Annual administration report of the Civil Veterinary Department of India - 1899-1900
Year: 1899
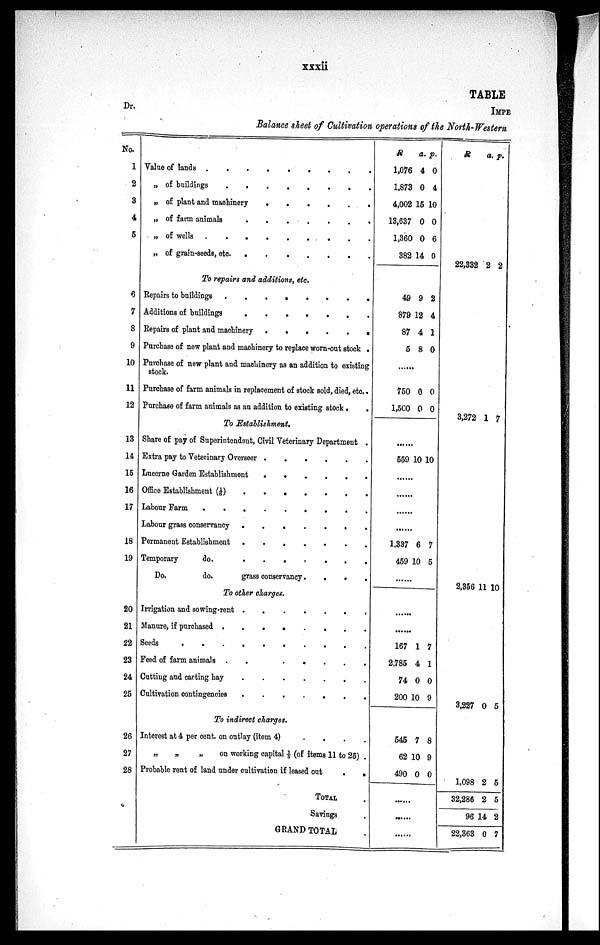
xxxii
TABLE
Dr.
IMPE
Balance sheet of Cultivation operations of the North-Western
No.
1
2
3
4
5
6
7
8
9
10
11
12
13
14
15
16
17
18
19
20
21
22
23
24
25
26
27
28
Value of lands
.
.
.
.
.
.
.
.
.
„ of buildings
.
.
.
.
.
.
.
.
.
„ of plant and machinery
.
.
.
.
.
.
„ of farm animals . . . . . . .
„ of wells . . . . . .
„ of grain-seeds, etc . . . .
To repairs and additions, etc.
Repairs to buildings
.
.
.
.
.
.
.
.
Additions of buildings
.
.
.
.
.
.
.
.
Repairs of plant and machinery . . . . . . . .
Purchase of new plant and machinery to replace worn-out stock .
Purchase of new plant and machinery as an addition to existing
stock.
Purchase of farm animals in replacement of stock sold, died, etc.
Purchase of farm animals as an addition to existing stock. .
To Establishment.
Share of pay of Superintendent, Civil Veterinary Department .
Extra pay to Veterinary Overseer . . . . . . . .
Lucerne Garden Establishment . . . . . . . . .
Office Establishment (1/6)
.
.
.
.
.
.
.
.
Labour Farm
.
.
.
.
.
.
.
.
.
Labour grass conservancy . . . . . . . .
Permanent Establishment
.
.
.
.
.
.
.
.
Temporary
do.
.
.
.
.
.
.
.
.
Do.
do.
grass conservancy
.
.
.
.
To other charges.
Irrigation and sowing-rent
.
.
.
.
.
.
.
.
Manure, if purchased
.
.
.
.
.
.
.
.
Seeds
.
.
.
.
.
.
.
.
Peed of farm animals
.
.
.
.
.
.
.
.
Cutting and carting hay
.
.
.
.
.
.
.
.
Cultivation contingencies . . . . . . .
To indirect charges.
Interest at 4 per cent. on outlay (item 4)
.
.
.
.
„
„
„
on working capital 1/5 (of items 11 to 25) .
Probable rent of land under cultivation if leased out
.
.
TOTAL .
Savings .
GRAND TOTAL .
R
1,076
1,873
4,002
13,637
1,360
382
49
879
87
5
750
1,500
559
1,337
459
a.
4
0
15
0
0
14
9
12
4
8
0
0
10
6
10
p.
0
4
10
0
6
0
2
4
1
0
0
0
10
7
5
167
2,785
74
200
1
4
0
10
7
1
0
9
545
62
490
7
10
0
8
9
0
R
22,332
3,272
2,356
3,227
1,098
32,286
96
22,363
a.
2
1
11
0
2
2
14
0
p.
2
7
10
5
5
5
2
7